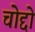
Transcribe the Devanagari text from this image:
चोद्दो